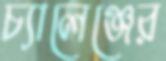
চ্যালেঞ্জের